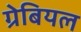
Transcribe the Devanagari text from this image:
ग्रेबियल